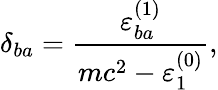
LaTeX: \delta_{ba}=\frac{\varepsilon_{ba}^{(1)}}{mc^{2}-\varepsilon_{1}^{(0)}},